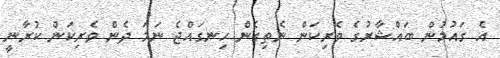
އެ ގައުމުން ބައްޝާރުގެ ވެރިކަން ނެތިގެން ހިނގައްޖެ ނަމަ ދެން ވެރިކަން ކުރާނީ